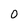
Character: O